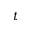
t